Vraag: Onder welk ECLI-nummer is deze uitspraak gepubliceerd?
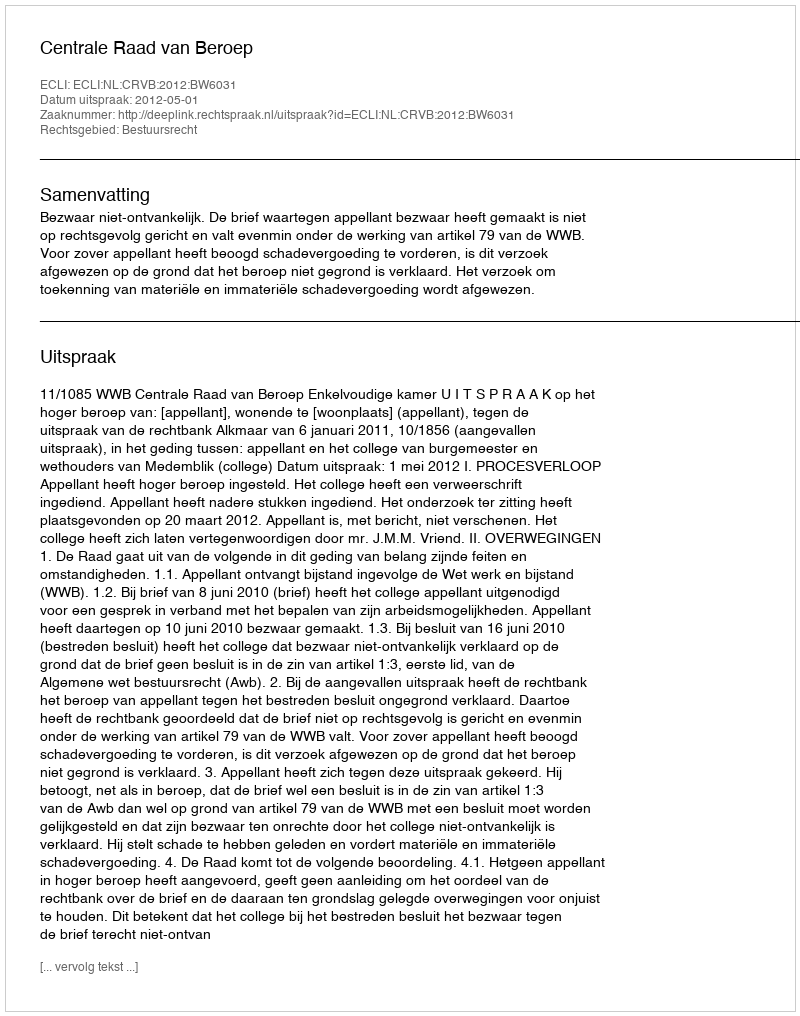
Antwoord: ECLI:NL:CRVB:2012:BW6031